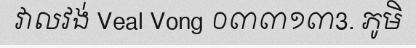
វាលវង់ Veal Vong ០៣៣១៣3. ភូមិ